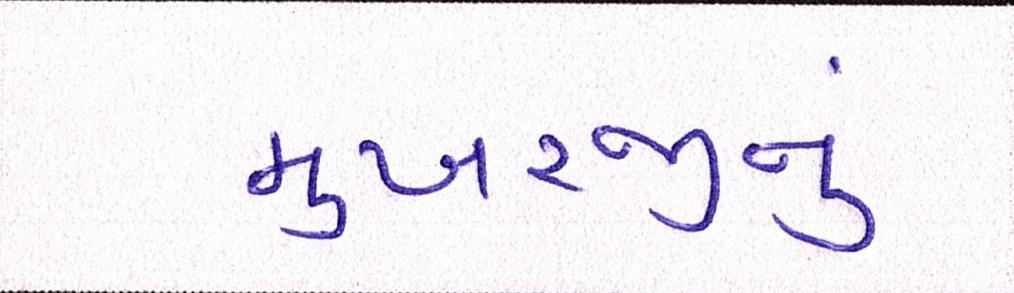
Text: મુખરજીનું